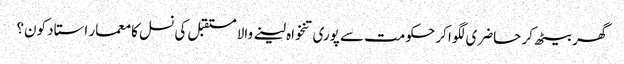
گھر بیٹھ کر حاضری لگوا کر حکومت سے پوری تنخواہ لینے والا مستقبل کی نسل کا معمار استاد کون؟